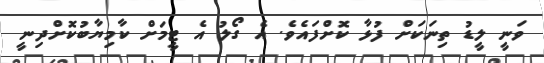
ވަނީ ލީޑު ތިނަކަށް ފުޅާ ކޮށްފައެވެ. އެ ގޯލު އެ ޓީމަށް ކާމިޔާބުކޮށްދިނީ